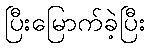
ပြီးမြောက်ခဲ့ပြီး